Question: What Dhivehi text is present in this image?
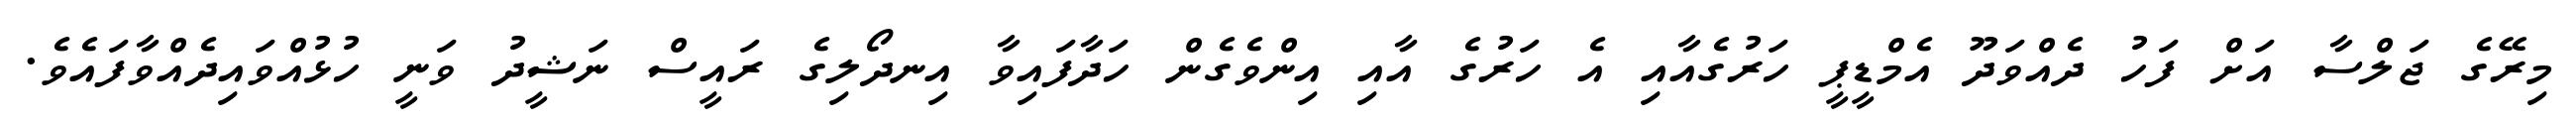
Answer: މިރޭގެ ޖަލްސާ އަށް ފަހު ދެއްވަދޫ އެމްޑީޕީ ހަރުގެއާއި އެ ހަރުގެ އާއި އިންވެގެން ހަދާފައިވާ އިނދޯލިގެ ރައީސް ނަޝީދު ވަނީ ހުޅުއްވައިދެއްވާފައެވެ.